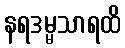
နရဒမ္မသာရထိ